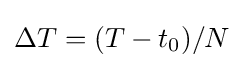
\Delta T=(T-t_{0})/N